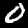
Label: 0